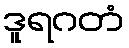
ဒူရဂတံ